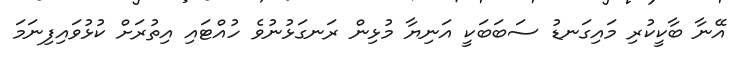
އޭނާ ބާކީކުރި މައިގަނޑު ސަބަބަކީ އަނިޔާ މުޅިން ރަނގަޅުނުވެ ހުއްޓައި އިތުރަށް ކުޅުވައިފިނަމަ